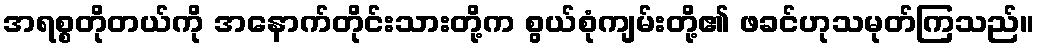
အရစ္စတိုတယ်ကို အနောက်တိုင်းသားတို့က စွယ်စုံကျမ်းတို့၏ ဖခင်ဟုသမုတ်ကြသည်။